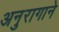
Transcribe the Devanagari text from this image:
अनुरागाने